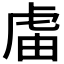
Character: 𧆭